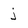
Character: j